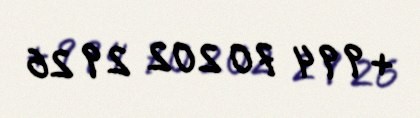
+994 70 202 29 26